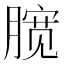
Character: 𣎑